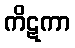
ကိဋကာ